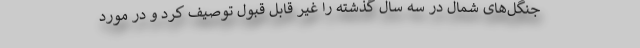
جنگل‌های شمال در سه سال گذشته را غیر قابل قبول توصیف کرد و در مورد